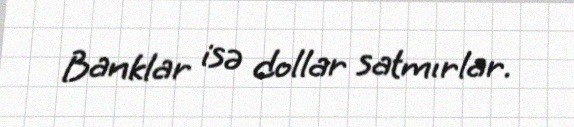
Banklar isə dollar satmırlar.